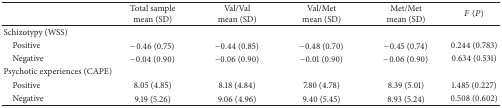
<table><thead><tr><td><b> </b></td><td><b>Total sample mean (SD)</b></td><td><b>Val/Val mean (SD)</b></td><td><b>Val/Met mean (SD)</b></td><td><b>Met/Met mean (SD)</b></td><td><b><i>F</i> (<i>P</i>)</b></td></tr></thead><tbody><tr><td>Schizotypy (WSS)</td><td> </td><td> </td><td> </td><td> </td><td> </td></tr><tr><td> Positive</td><td>−0.46 (0.75)</td><td>−0.44 (0.85)</td><td>−0.48 (0.70)</td><td>−0.45 (0.74)</td><td>0.244 (0.783)</td></tr><tr><td> Negative</td><td>−0.04 (0.90)</td><td>−0.06 (0.90)</td><td>−0.01 (0.90)</td><td>−0.06 (0.90)</td><td>0.634 (0.531)</td></tr><tr><td>Psychotic experiences (CAPE)</td><td> </td><td> </td><td> </td><td> </td><td> </td></tr><tr><td> Positive</td><td>8.05 (4.85)</td><td>8.18 (4.84)</td><td>7.80 (4.78)</td><td>8.39 (5.01)</td><td>1.485 (0.227)</td></tr><tr><td> Negative</td><td>9.19 (5.26)</td><td>9.06 (4.96)</td><td>9.40 (5.45)</td><td>8.93 (5.24)</td><td>0.508 (0.602)</td></tr></tbody></table>